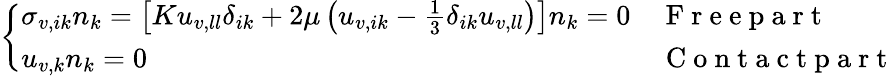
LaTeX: \left\{ \begin{array}{ll}{\sigma_{v,ik}n_{k}=\left[Ku_{v,ll}\delta_{ik}+\left.2\mu\left(u_{v,ik}-\frac{1}{3}\delta_{ik}u_{v,ll}\right)\right.\right]n_{k}=0}&{\mathrm{~F~r~e~e~p~a~r~t~}}\\ {u_{v,k}n_{k}=0}&{\mathrm{~C~o~n~t~a~c~t~p~a~r~t~}}\end{array}\right.